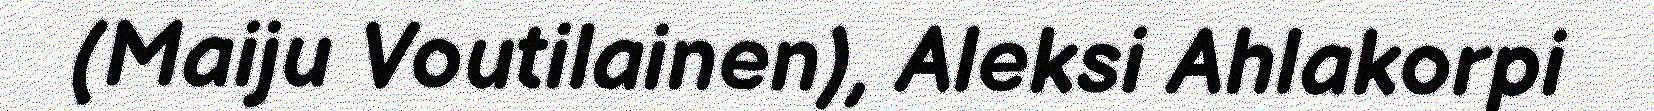
(Maiju Voutilainen), Aleksi Ahlakorpi